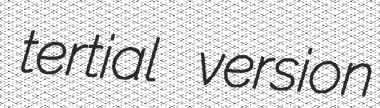
tertial version